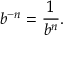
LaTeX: b ^ { - n } = { \frac { 1 } { b ^ { n } } } .